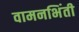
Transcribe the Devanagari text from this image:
वामनभिंती